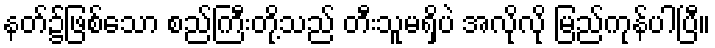
နတ်၌ဖြစ်သော စည်ကြီးတို့သည် တီးသူမရှိပဲ အလိုလို မြည်ကုန်ပါပြီ။